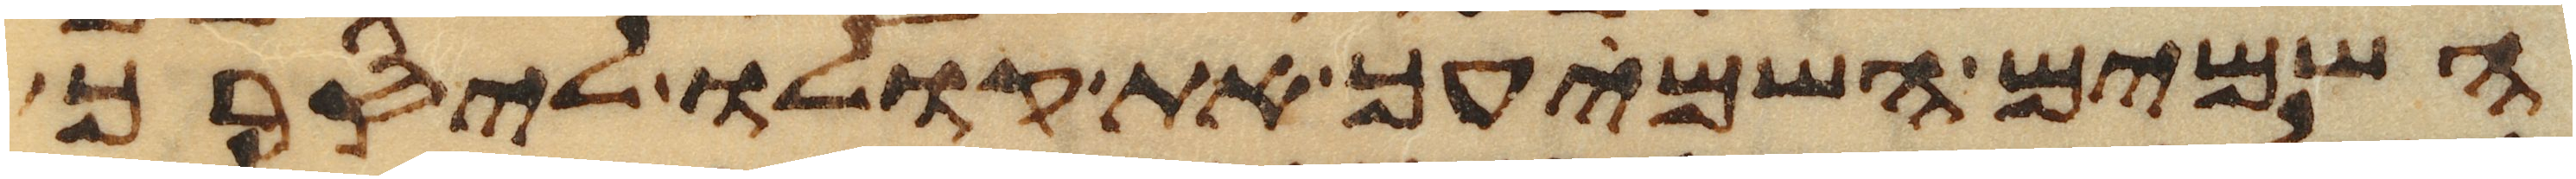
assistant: השמים השמיעך את קולו ליסרך